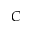
C